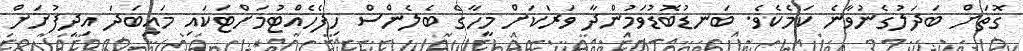
ގޮތަށް ބަދަލުގެނުވާނެ ކަމެކެވެ. ބަނޑުބޮޑުވަމުންދާ ވަރަކަށް މީހާގެ ބެލެންސް ހިފެހެއްޓުމަށްޓަކައި މައިބަދަ އިދިފުށަށް